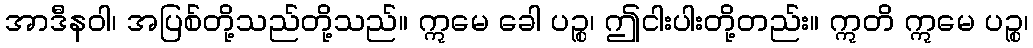
အာဒီနဝါ၊ အပြစ်တို့သည်တို့သည်။ ဣမေ ခေါ ပဉ္စ၊ ဤငါးပါးတို့တည်း။ ဣတိ ဣမေ ပဉ္စ၊